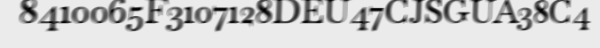
8410065F3107128DEU47CJSGUA38C4